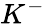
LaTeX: K^{-}